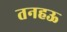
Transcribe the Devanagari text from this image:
तनहऊ